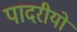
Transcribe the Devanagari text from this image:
पादरीयों